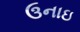
ઉનાઇ